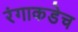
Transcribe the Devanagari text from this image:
रंगाकडेच